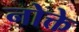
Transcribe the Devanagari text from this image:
नोक्ते